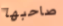
صاحبها